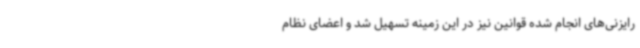
رایزنی‌های انجام شده قوانین نیز در این زمینه تسهیل شد و اعضای نظام